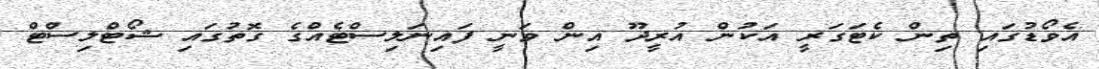
އެވޯޑުގައި ތިން ކެޓަގަރީ އަކުން އުރީދޫ އިން ވަނީ ފައިނަލިސްޓެއްގެ ގޮތުގައި ޝޯޓްލިސްޓް